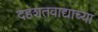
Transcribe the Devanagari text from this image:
दहशतवाद्याच्या